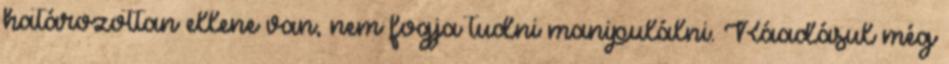
határozottan ellene van, nem fogja tudni manipulálni. Ráadásul még